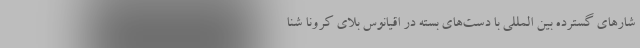
شارهای گسترده بین المللی با دست‌های بسته در اقیانوس بلای کرونا شنا